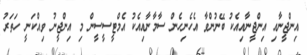
އިންޖީނާއި އިންޖީނާއިއެކު ބޭނުންވާ އެހެނިހެން ސާމާނާއިއެކު އެމްޓީސީސީން މި އިންޖީނު ވިއްކަނީ ހަތަރު